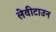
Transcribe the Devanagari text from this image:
लेवीटाउन